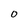
Character: 0